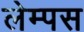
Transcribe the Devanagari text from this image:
लेम्पस